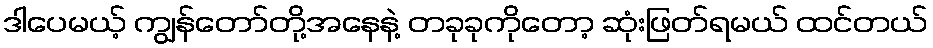
ဒါပေမယ့် ကျွန်တော်တို့အနေနဲ့ တခုခုကိုတော့ ဆုံးဖြတ်ရမယ် ထင်တယ်